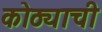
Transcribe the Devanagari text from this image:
कोठ्याची